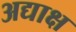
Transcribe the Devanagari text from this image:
अद्याक्ष